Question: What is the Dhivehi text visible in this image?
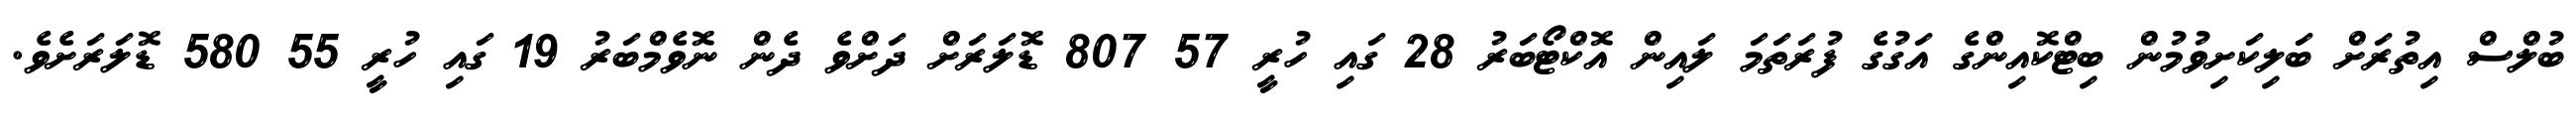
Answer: ބުލްސް އިތުރަށް ބަލިކަށިވުމުން ބިޓްކޮއިންގެ އަގުގެ ފުރަތަމަ ލައިން އޮކްޓޯބަރު 28 ގައި ހުރީ 57 807 ޑޮލަރަށް ދަށްވެ ދެން ނޮވެމްބަރު 19 ގައި ހުރީ 55 580 ޑޮލަރަށެވެ.